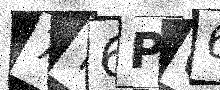
Text: 7Y6P66